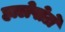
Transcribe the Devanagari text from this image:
हालेपोटो